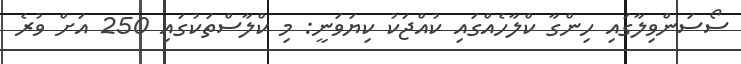
ސޯސަންވިލާގައި ހިންގާ ކްލާހެއްގައި ކުއްޖަކު ކިޔަވަނީ: މި ކްލާސްތަކުގައި 250 އަށް ވުރެ